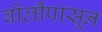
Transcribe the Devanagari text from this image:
बोलीपासून